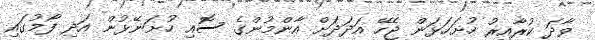
ވާދަ ކުރާއިރު ހުށަހަޅަން ޖެހޭ އަދަދަށް އާންމުންގެ ސޮއި ހުށަނޭޅުން އަދި ފޯމުގައި